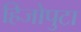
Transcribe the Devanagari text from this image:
हिजोपुटा